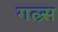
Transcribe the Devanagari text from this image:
गल्र्स